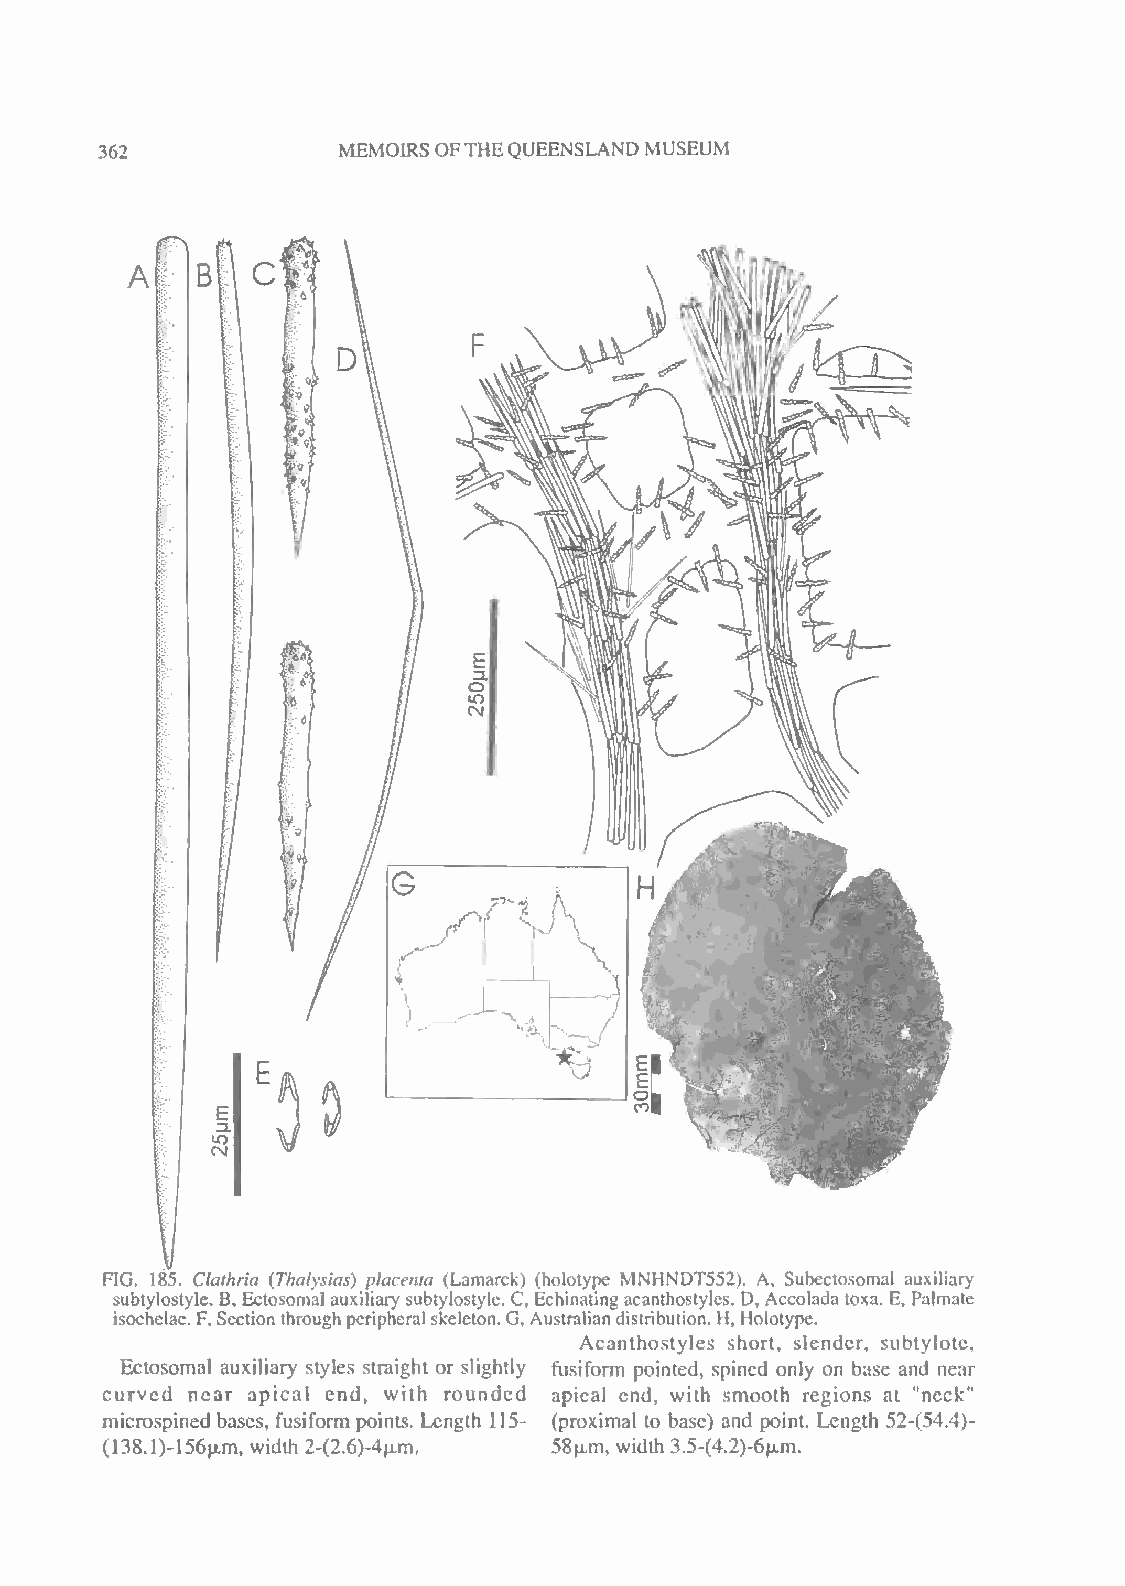
MEMOIRSOFTHEQUEENSLAND MUSEUM
 362
 FIG. 185. Clathria (Thalysias) placenta (Lamarck) (holotype MNHNDT552). A, Subectosomal auxiliary
 subtylostyle. B, Ectosomal auxiliary subtylostyle. C, Echinating acanthostyles. D, Accolada toxa. E, Palmate
 isochelae. F,Sectionthroughperipheral skeleton. G, Australiandistribution. H, Holotype.
 Acanthostyles short, slender, subtylote,
 Ectosomal auxiliary styles straight or slightly fusiform pointed, spincd only on base and near
 curved near apical end, with rounded apical end, with smooth regions at "neck"
 microspined bases, fusiform points. Length 115- (proximal to base) and point. Length 52-C54.4)-
 (138.1)-156ujn, width 2-(2.6)-4ujm, 58u-m, width 3.5-(4.2)-6u,m.